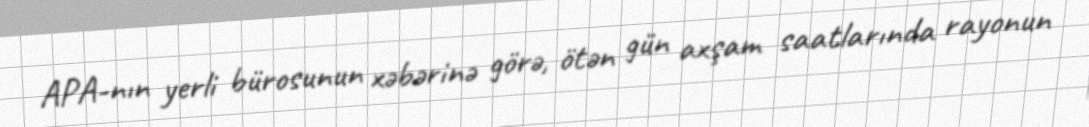
APA-nın yerli bürosunun xəbərinə görə, ötən gün axşam saatlarında rayonun